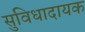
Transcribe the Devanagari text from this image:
सुविधादायक